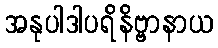
အနုပါဒါပရိနိဗ္ဗာနာယ